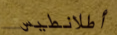
أطلانطيس